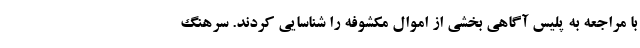
با مراجعه به پلیس آگاهی بخشی از اموال مکشوفه را شناسایی کردند. سرهنگ